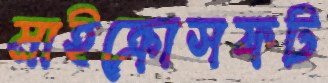
মাইক্রোসফট